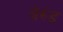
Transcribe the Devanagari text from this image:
बेरुंड